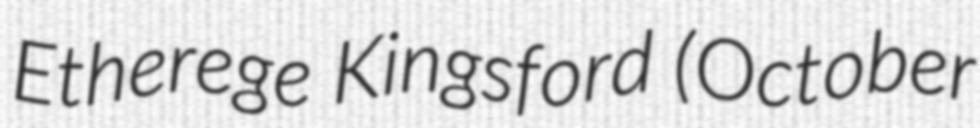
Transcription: Etherege Kingsford (October